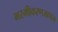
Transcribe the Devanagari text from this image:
भस्मीकरणजापान